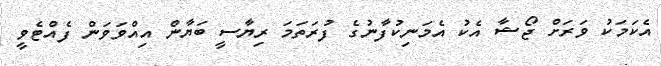
އެކަމަކު ވަރަށް ޖޯޝާ އެކު އެމަނިކުފާނުގެ ފުރަތަމަ ރިޔާސީ ބަޔާން އިއްވަވަން ފެއްޓެވީ